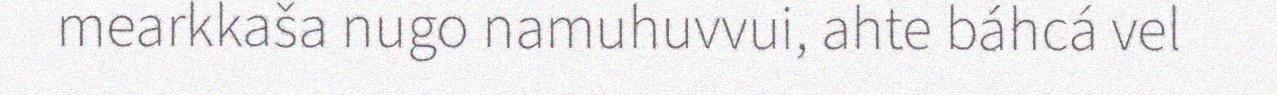
mearkkaša nugo namuhuvvui, ahte báhcá vel